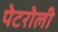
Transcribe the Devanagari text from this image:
पेटरोली